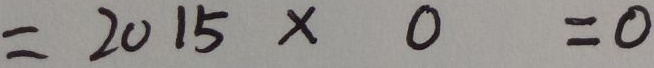
= 2 0 1 5 \times 0 = 0